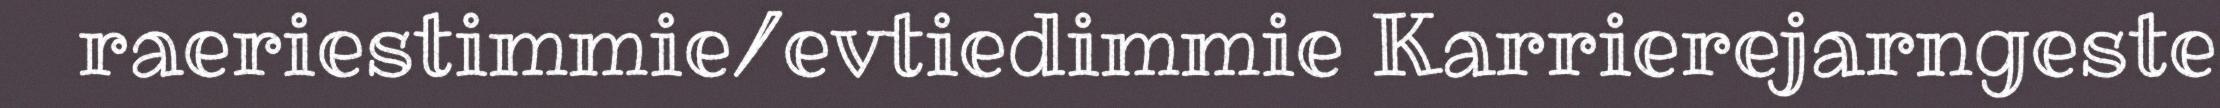
raeriestimmie/evtiedimmie Karrierejarngeste